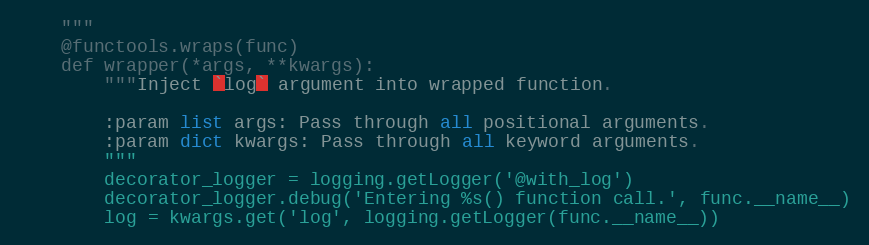
Language: Python
    """
    @functools.wraps(func)
    def wrapper(*args, **kwargs):
        """Inject `log` argument into wrapped function.

        :param list args: Pass through all positional arguments.
        :param dict kwargs: Pass through all keyword arguments.
        """
        decorator_logger = logging.getLogger('@with_log')
        decorator_logger.debug('Entering %s() function call.', func.__name__)
        log = kwargs.get('log', logging.getLogger(func.__name__))